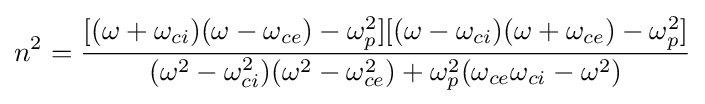
n^{2}={\frac {[(\omega +\omega _{ci})(\omega -\omega _{ce})-\omega _{p}^{2}][(\omega -\omega _{ci})(\omega +\omega _{ce})-\omega _{p}^{2}]}{(\omega ^{2}-\omega _{ci}^{2})(\omega ^{2}-\omega _{ce}^{2})+\omega _{p}^{2}(\omega _{ce}\omega _{ci}-\omega ^{2})}}